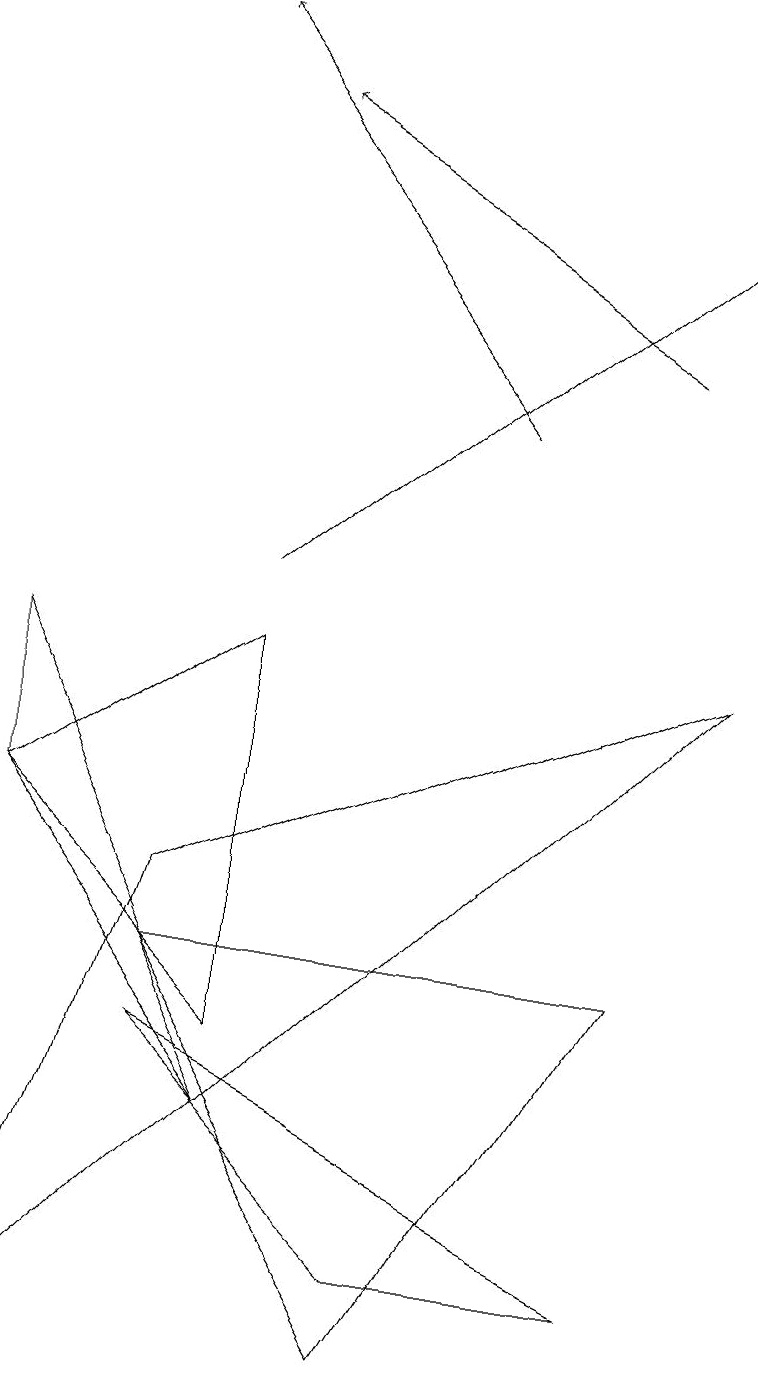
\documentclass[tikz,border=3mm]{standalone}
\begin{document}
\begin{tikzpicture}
\draw (3,4) -- (0,7) -- (3,9) -- cycle;
\draw (2,4) -- (5,1) -- (8,1) -- cycle;
\draw[->] (8,13) -- (3,16);
\draw (8,5) -- (5,0) -- (2,5) -- cycle;
\draw (0,0) -- (9,9) -- (2,6) -- cycle;
\draw (0,9) -- (0,7) -- (3,3) -- cycle;
\draw[->] (3,10) -- (9,15);
\draw[->] (6,12) -- (2,17);
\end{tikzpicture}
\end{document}